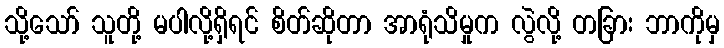
သို့သော် သူတို့ မပါလို့ရှိရင် စိတ်ဆိုတာ အာရုံသိမှုက လွဲလို့ တခြား ဘာကိုမှ